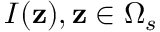
I ( \mathbf { z } ) , \mathbf { z } \in \Omega _ { s }